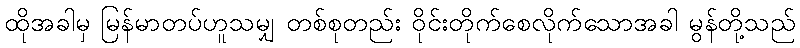
ထိုအခါမှ မြန်မာတပ်ဟူသမျှ တစ်စုတည်း ဝိုင်းတိုက်စေလိုက်သောအခါ မွန်တို့သည်